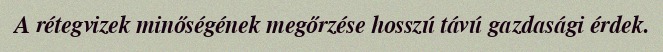
A rétegvizek minőségének megőrzése hosszú távú gazdasági érdek.